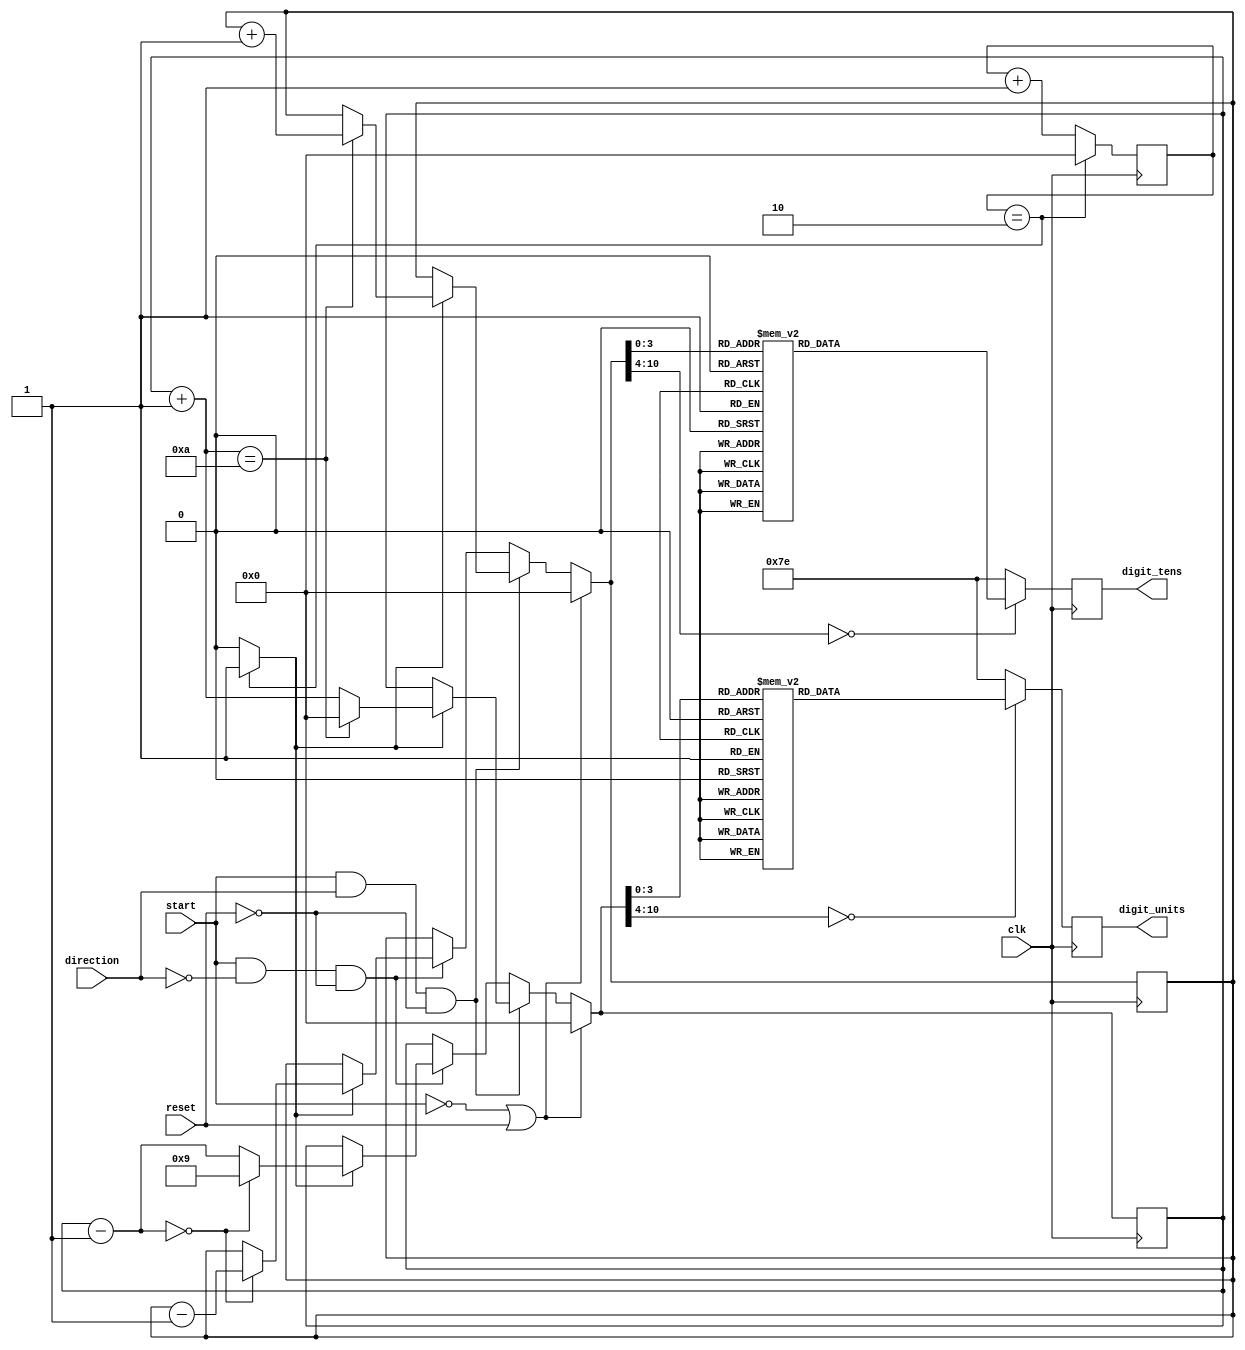
// 2-digit counter can count forward or backward depending on the control signal 
// you require, the counter uses 2 7-segment LEDs to display 2 tens and units
//------------------------------------------------------------------------------
module timer_counter
	(
		input clk, // system clock
		input start, // counting when start = 1, not count when start = 0
		input reset, // reset counting
		input direction, 
		// count up or count down
		// 1 = count up, 0 = count down
		output reg [6:0] digit_units, // units abcdefg
		output reg [6:0] digit_tens // tens
	);
wire second_ena; // 1 second signal
reg [10:0] count_1s = 0; // 1 second counting signal
// counting signal 
reg [10:0] count_units = 0;
reg [10:0] count_tens = 0; 
// counting signal
always @ ( posedge clk ) 
	begin
		if ( start == 0 || reset == 1 ) begin
				count_units = 0;
				count_tens = 0; end
		//-- count up
		else if ( start == 1 && direction == 1 && reset == 0 ) begin
			if	( second_ena == 1 ) begin //-- (1)
				count_units = count_units + 1;
				if ( count_units == 10 ) begin
					count_units = 0;
					count_tens = count_tens + 1; end
		end
		end //-- (1)
		//-- count down
		else if ( start == 1 && direction == 0 && reset == 0 ) begin
			if	( second_ena == 1 ) begin //-- (1)
				count_units = count_units - 1;
				if ( count_units == 0 ) begin
					count_units = 9;
					count_tens = count_tens - 1; end
		end
	end //-- (1)
		// case units
		case ( count_units ) 
				0: digit_units = 7'b1111110;
            1: digit_units = 7'b0110000;
            2: digit_units = 7'b1101101;
            3: digit_units = 7'b1111001;
            4: digit_units = 7'b0110011;
            5: digit_units = 7'b1011011;
            6: digit_units = 7'b1011111;
            7: digit_units = 7'b1110000;
            8: digit_units = 7'b1111111;
            9: digit_units = 7'b1111011;
				default : digit_units = 7'b1111110;
		endcase
		// case tens
		case ( count_tens )
		      0: digit_tens = 7'b1111110;
            1: digit_tens = 7'b0110000;
            2: digit_tens = 7'b1101101;
            3: digit_tens = 7'b1111001;
            4: digit_tens = 7'b0110011;
            5: digit_tens = 7'b1011011;
            6: digit_tens = 7'b1011111;
            7: digit_tens = 7'b1110000;
            8: digit_tens = 7'b1111111;
            9: digit_tens = 7'b1111011;
				default : digit_tens = 7'b1111110;
		endcase
	end
	///  1 second enable
always @ ( posedge clk ) 
	begin
		count_1s <= count_1s + 1;
		if ( count_1s == 2 ) // clock cycle * 3 = 1s
		// example for testbench
			count_1s <= 0;
		end
assign second_ena = count_1s == 2 ? 1: 0;
//-----------------------------------------
endmodule